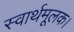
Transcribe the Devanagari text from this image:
स्वार्थमूलक।